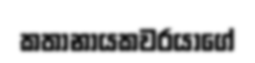
කතානායකවරයාගේ